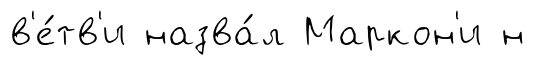
в'е́тв'и назва́л Маркон'и н